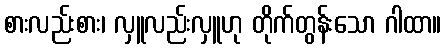
စားလည်းစား၊ လှူလည်းလှူဟု တိုက်တွန်းသော ဂါထာ။